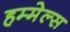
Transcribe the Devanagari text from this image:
हम्मेल्स